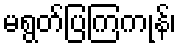
မရွတ်ပြကြကုန်၊